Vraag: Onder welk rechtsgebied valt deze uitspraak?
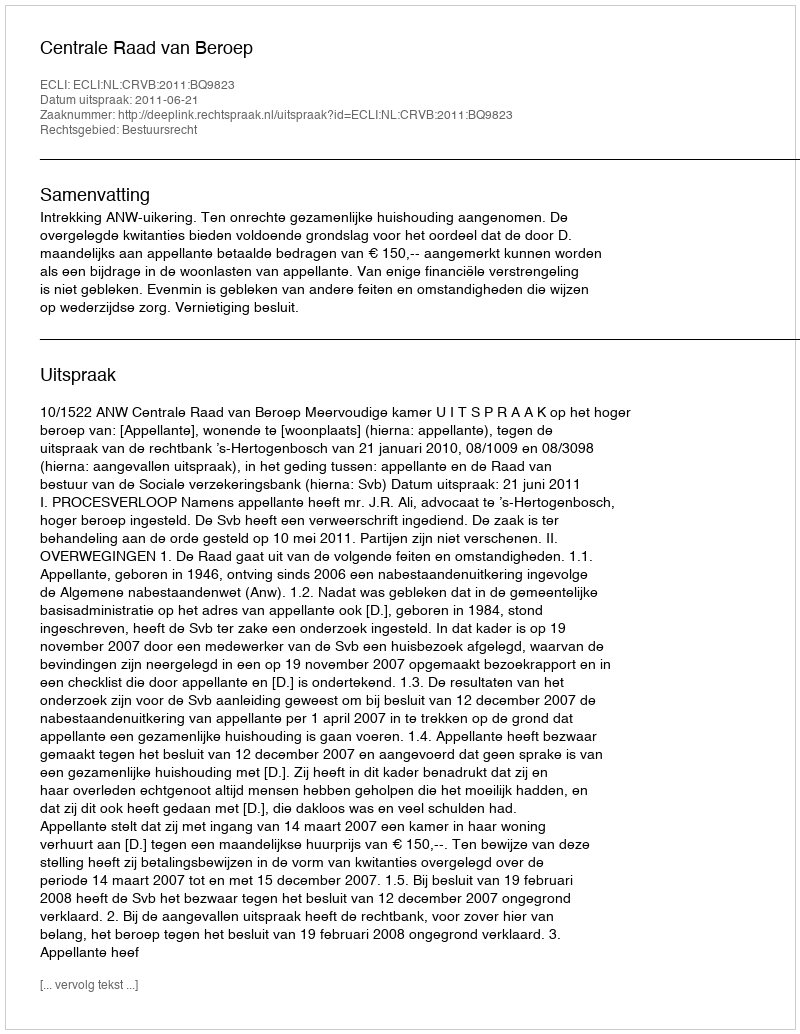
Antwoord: Bestuursrecht